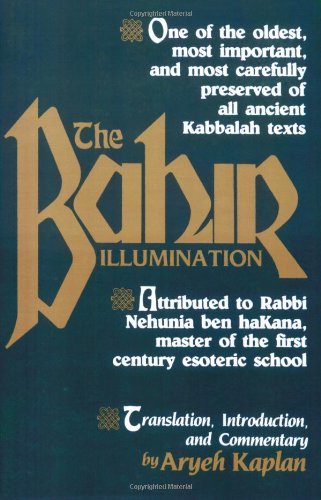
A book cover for The Bahir; Religion & Spirituality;